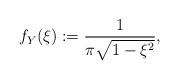
LaTeX: \begin{align*}f_Y(\xi)&:=\frac{1}{\pi\sqrt{1-\xi^2}},\end{align*}